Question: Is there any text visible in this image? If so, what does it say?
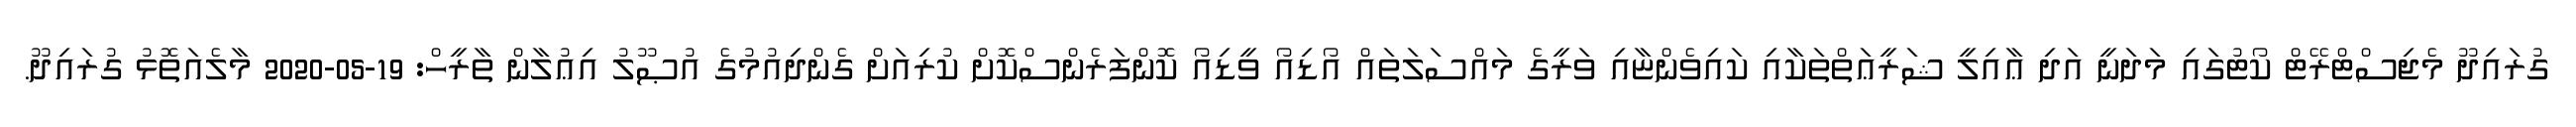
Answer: ގުރައިދޫ މެޖިސްޓްރޭޓް ކޯޓުގައި މަދަނީ އަދި ޢާއިލީ ޝަރީޢަތްތަކާއި ކައިވެންޏާއި ވަރީގެ މައްސަލަތައް އޯޑިއޯ ވީޑިއޯ ކޮންފަރެންސްކޮށް ކުރިއަށް ގެންދިއުމުގެ އުޞޫލު އިޢުލާން ތާރީހް: 19-05-2020 މާލެއަތޮޅު ގުރައިދޫ.